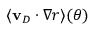
\langle \mathbf { v } _ { D } \cdot \nabla r \rangle ( \theta )